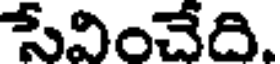
సేవించేది.